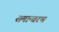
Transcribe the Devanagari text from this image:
समान्तरण